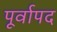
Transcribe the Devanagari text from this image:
पूर्वापद